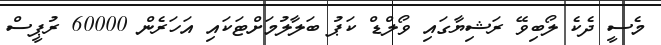
މެސީ ދެކެ ލޯބިވޭ ރަޝިޔާގައި ވޯލްޑް ކަޕު ބަލާލުމަށްޓަކައި އަހަރެން 60000 ރުޕީސް